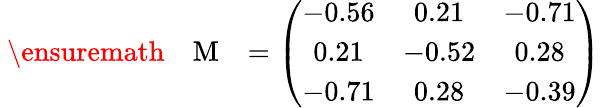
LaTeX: \mathrm{~\ensuremath~{~\mathbf~{~M~}~}~}=\left(\begin{array}{ccc}{-0.56}&{0.21}&{-0.71}\\ {0.21}&{-0.52}&{0.28}\\ {-0.71}&{0.28}&{-0.39}\end{array}\right)